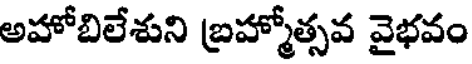
అహోబిలేశుని బ్రహ్మోత్సవ వైభవం